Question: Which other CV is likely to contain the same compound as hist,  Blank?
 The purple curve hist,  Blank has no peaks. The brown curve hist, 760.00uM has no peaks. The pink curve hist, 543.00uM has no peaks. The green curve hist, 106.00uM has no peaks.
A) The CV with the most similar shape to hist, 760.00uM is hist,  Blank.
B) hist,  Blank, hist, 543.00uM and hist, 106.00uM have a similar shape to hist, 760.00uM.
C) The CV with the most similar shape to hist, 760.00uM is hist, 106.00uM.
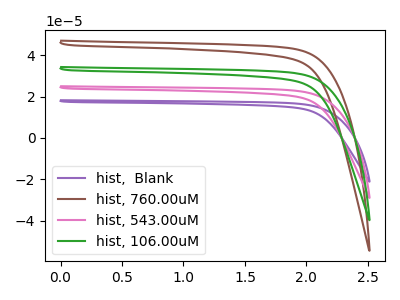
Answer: <think>Neither "hist,  Blank" or "hist, 760.00uM" have any peaks. Neither "hist,  Blank" or "hist, 543.00uM" have any peaks. Neither "hist,  Blank" or "hist, 106.00uM" have any peaks. Neither "hist, 760.00uM" or "hist, 543.00uM" have any peaks. Neither "hist, 760.00uM" or "hist, 106.00uM" have any peaks. Neither "hist, 543.00uM" or "hist, 106.00uM" have any peaks.
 </think>
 <answer>B) "hist,  Blank", "hist, 543.00uM" and "hist, 106.00uM" have a similar shape to "hist, 760.00uM".</answer>
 <eval>B</eval>